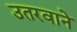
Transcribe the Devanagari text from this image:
उतरवाने